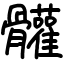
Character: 𩪼